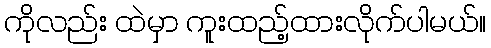
ကိုလည်း ထဲမှာ ကူးထည့်ထားလိုက်ပါမယ်။